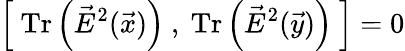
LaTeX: \left[~\mathrm{Tr}\left({\vec{E}}^{2}(\vec{x})\right)~,~\mathrm{Tr}\left({\vec{E}}^{2}(\vec{y})\right)~\right]=0